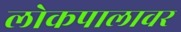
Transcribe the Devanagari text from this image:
लोकपालावर